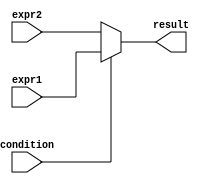
module ternary_operator(
    input wire condition,
    input wire [31:0] expr1,
    input wire [31:0] expr2,
    output reg [31:0] result
);

always @(*) begin
    result = (condition) ? expr1 : expr2;
end

endmodule